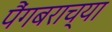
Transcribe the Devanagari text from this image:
पैंगबराच्या